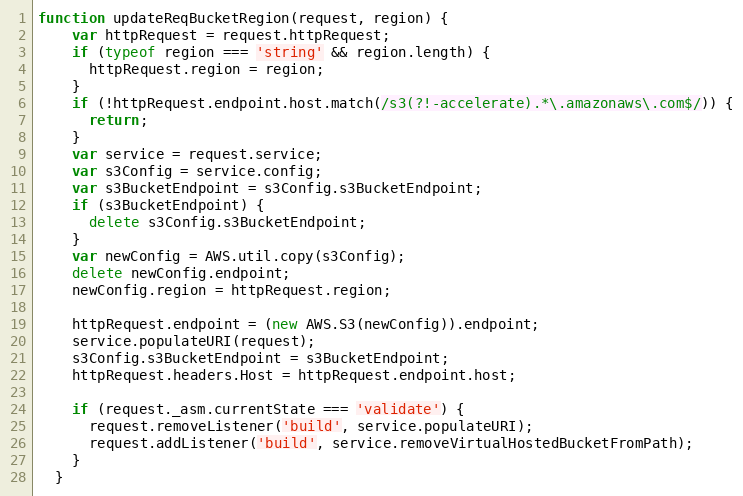
Language: JavaScript
function updateReqBucketRegion(request, region) {
    var httpRequest = request.httpRequest;
    if (typeof region === 'string' && region.length) {
      httpRequest.region = region;
    }
    if (!httpRequest.endpoint.host.match(/s3(?!-accelerate).*\.amazonaws\.com$/)) {
      return;
    }
    var service = request.service;
    var s3Config = service.config;
    var s3BucketEndpoint = s3Config.s3BucketEndpoint;
    if (s3BucketEndpoint) {
      delete s3Config.s3BucketEndpoint;
    }
    var newConfig = AWS.util.copy(s3Config);
    delete newConfig.endpoint;
    newConfig.region = httpRequest.region;

    httpRequest.endpoint = (new AWS.S3(newConfig)).endpoint;
    service.populateURI(request);
    s3Config.s3BucketEndpoint = s3BucketEndpoint;
    httpRequest.headers.Host = httpRequest.endpoint.host;

    if (request._asm.currentState === 'validate') {
      request.removeListener('build', service.populateURI);
      request.addListener('build', service.removeVirtualHostedBucketFromPath);
    }
  }